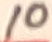
Text: 10